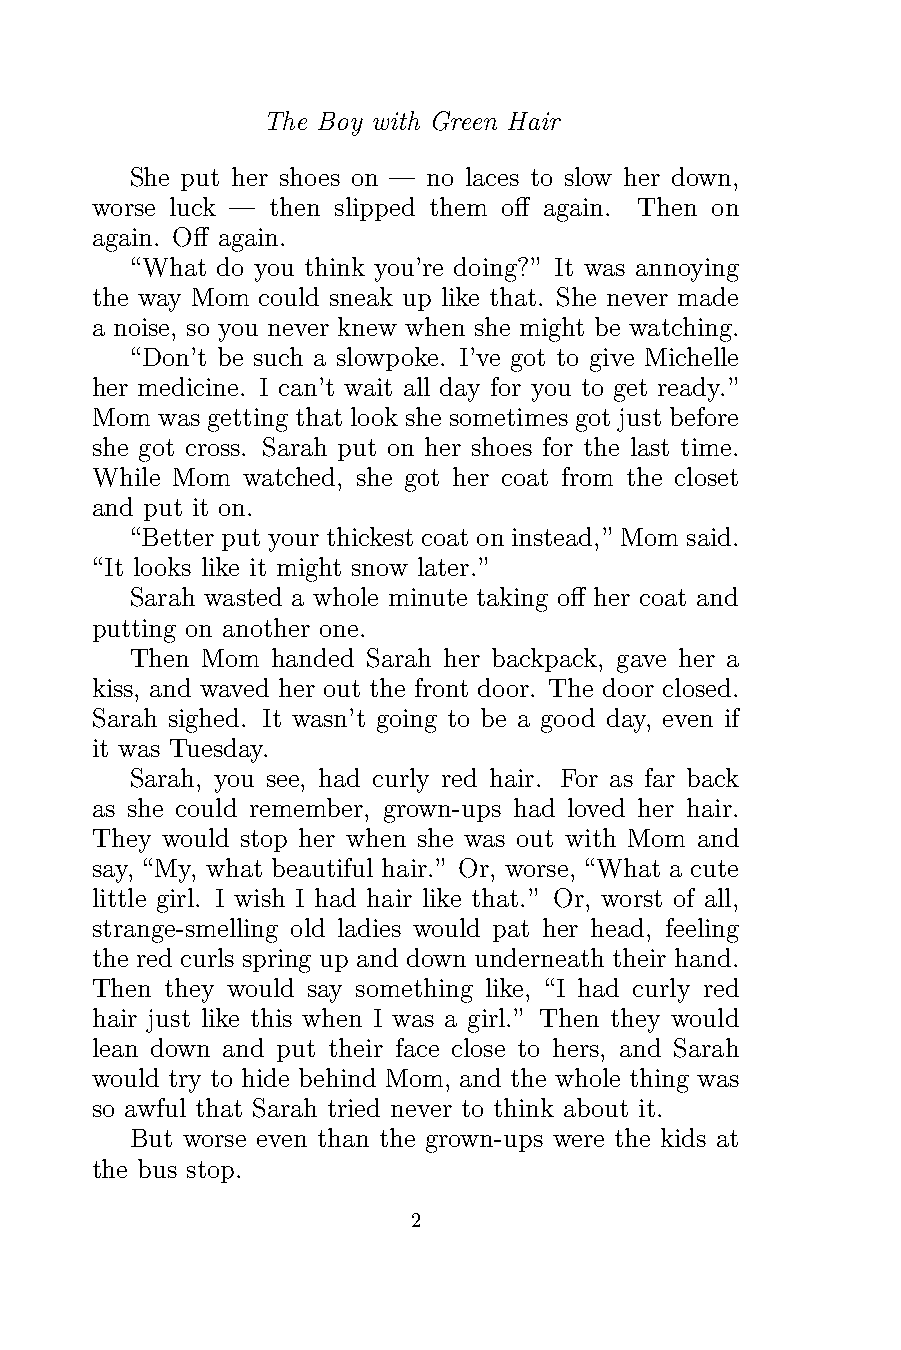
The Boy with Green Hair
 She put her shoes on — no laces to slow her down,
 worse luck — then slipped them off again. Then on
 again. Off again.
 “What do you think you’re doing?” It was annoying
 the way Mom could sneak up like that. She never made
 a noise, so you never knew when she might be watching.
 “Don’t be such a slowpoke. I’ve got to give Michelle
 her medicine. I can’t wait all day for you to get ready.”
 Mom was getting that look she sometimes got just before
 she got cross. Sarah put on her shoes for the last time.
 While Mom watched, she got her coat from the closet
 and put it on.
 “Better put your thickest coat on instead,” Mom said.
 “It looks like it might snow later.”
 Sarah wasted a whole minute taking off her coat and
 putting on another one.
 Then Mom handed Sarah her backpack, gave her a
 kiss, and waved her out the front door. The door closed.
 Sarah sighed. It wasn’t going to be a good day, even if
 it was Tuesday.
 Sarah, you see, had curly red hair. For as far back
 as she could remember, grown-ups had loved her hair.
 They would stop her when she was out with Mom and
 say, “My, what beautiful hair.” Or, worse, “What a cute
 little girl. I wish I had hair like that.” Or, worst of all,
 strange-smelling old ladies would pat her head, feeling
 the red curls spring up and down underneath their hand.
 Then they would say something like, “I had curly red
 hair just like this when I was a girl.” Then they would
 lean down and put their face close to hers, and Sarah
 would try to hide behind Mom, and the whole thing was
 so awful that Sarah tried never to think about it.
 But worse even than the grown-ups were the kids at
 the bus stop.
 2